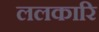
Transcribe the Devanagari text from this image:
ललकारि